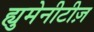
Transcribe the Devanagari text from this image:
ह्युमेनीटीज़